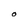
Character: O